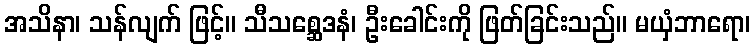
အသိနာ၊ သန်လျက် ဖြင့်။ သီသစ္ဆေဒနံ၊ ဦးခေါင်းကို ဖြတ်ခြင်းသည်။ မယှံဘာရော၊